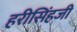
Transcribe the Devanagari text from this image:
हरीसिंहजी